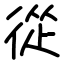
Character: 從